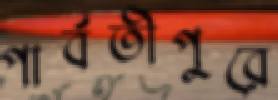
পার্বতীপুরে